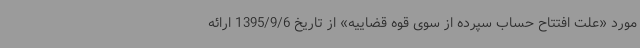
مورد «علت افتتاح حساب سپرده از سوی قوه قضاییه» از تاریخ 1395/9/6 ارائه